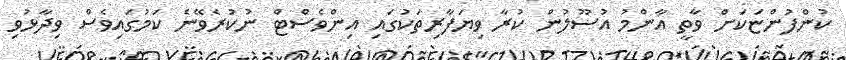
ކުންފުންޏަކަށް ވާތީ އާންމު އުސޫލުން ކުރާ ވިޔަފާރިތަކުގައި އިންވެސްޓް ނުކުރެވޭނެ ކަމުގައިވެސް ވިދާޅުވި